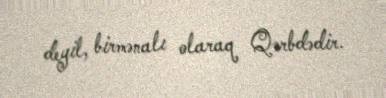
deyil, birmənalı olaraq Qərbdədir.